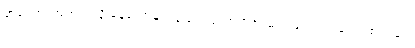
အဝေါစ၊ အဘယ်သို့ မိန့်တော်မူသနည်း။ မဟာရာဇ၊ မင်းမြတ်။ ဣမဿ စက္ကဿ၊